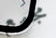
مجمع